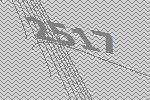
2517